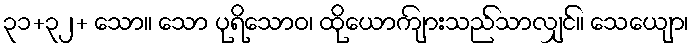
၃၁+၃၂+ သော။ သော ပုရိသောဝ၊ ထိုယောကျ်ားသည်သာလျှင်။ သေယျော၊